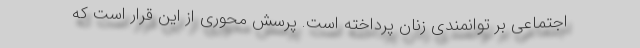
اجتماعی بر توانمندی زنان پرداخته است. پرسش محوری از این قرار است که